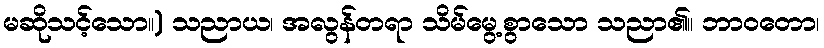
မဆိုသင့်သော။) သညာယ၊ အလွန်တရာ သိမ်မွေ့စွာသော သညာ၏။ ဘာဝတော၊